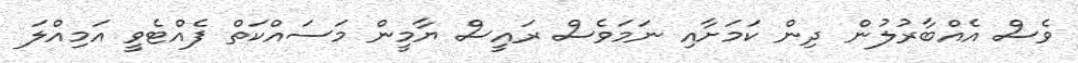
ވެސް އެއްބާރުލުން ދިން ކަމަށާއި ނަމަވެސް ރައީސް ޔާމީން މަސައްކަތް ފެއްޓެވީ އަމިއްލަ